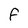
Character: f